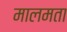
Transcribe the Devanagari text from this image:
मालमता